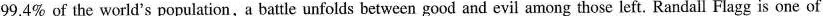
99.4\% of the world's population, a battle unfolds between good and evil among those left. Randall Flagg is one of